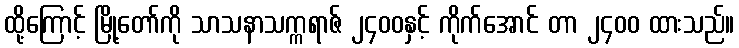
ထို့ကြောင့် မြို့တော်ကို သာသနာသက္ကရာဇ် ၂၄၀၀နှင့် ကိုက်အောင် တာ ၂၄၀၀ ထားသည်။